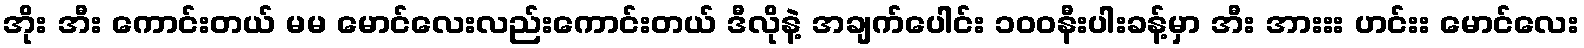
အိုး အီး ကောင်းတယ် မမ မောင်လေးလည်းကောင်းတယ် ဒီလိုနဲ့ အချက်ပေါင်း ၁၀၀နီးပါးခန့်မှာ အီး အားးး ဟင်းး မောင်လေး